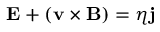
\mathbf { E } + ( \mathbf { v } \times \mathbf { B } ) = \eta \mathbf { j }